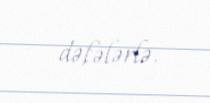
dəfələrlə.